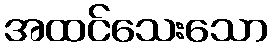
အထင်သေးသော